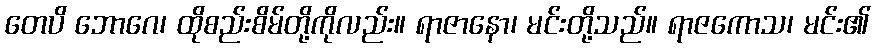
တေပိ ဘောဂေ၊ ထိုစည်းစိမ်တို့ကိုလည်း။ ရာဇာနော၊ မင်းတို့သည်။ ရာဇကောသ၊ မင်း၏